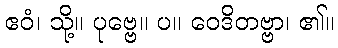
ဧဝံ၊ သို့။ ပုဗ္ဗေ။ ပ။ ဝေဒိတဗ္ဗာ၊ ၏။